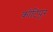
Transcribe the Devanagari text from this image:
कोटिपूर